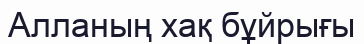
Алланың хақ бұйрығы